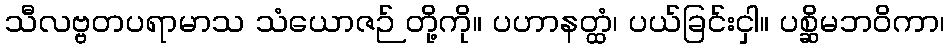
သီလဗ္ဗတပရာမာသ သံယောဇဉ် တို့ကို။ ပဟာနတ္ထံ၊ ပယ်ခြင်းငှါ။ ပစ္ဆိမဘဝိကာ၊